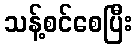
သန့်စင်စေပြီး